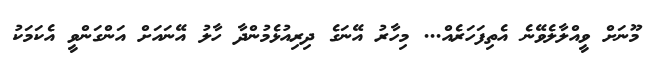
މޫނަށް ވީއްލާލެވޭނެ އެތިފަހަރެއް... މިހާރު އޭނަގެ ދިރިއުޅެމުންދާ ހާލު އޭނައަށް އަންގަންވީ އެކަމަކު